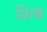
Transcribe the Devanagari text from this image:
शिंब